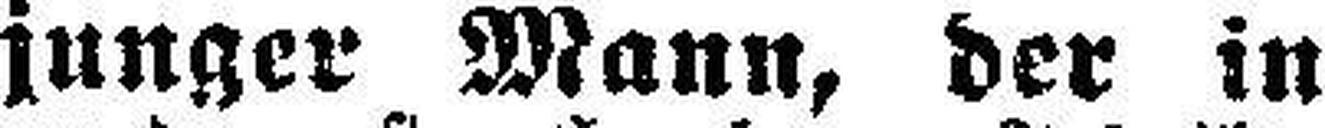
Ein junger Mann, der in